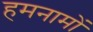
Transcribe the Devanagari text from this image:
हमनामों